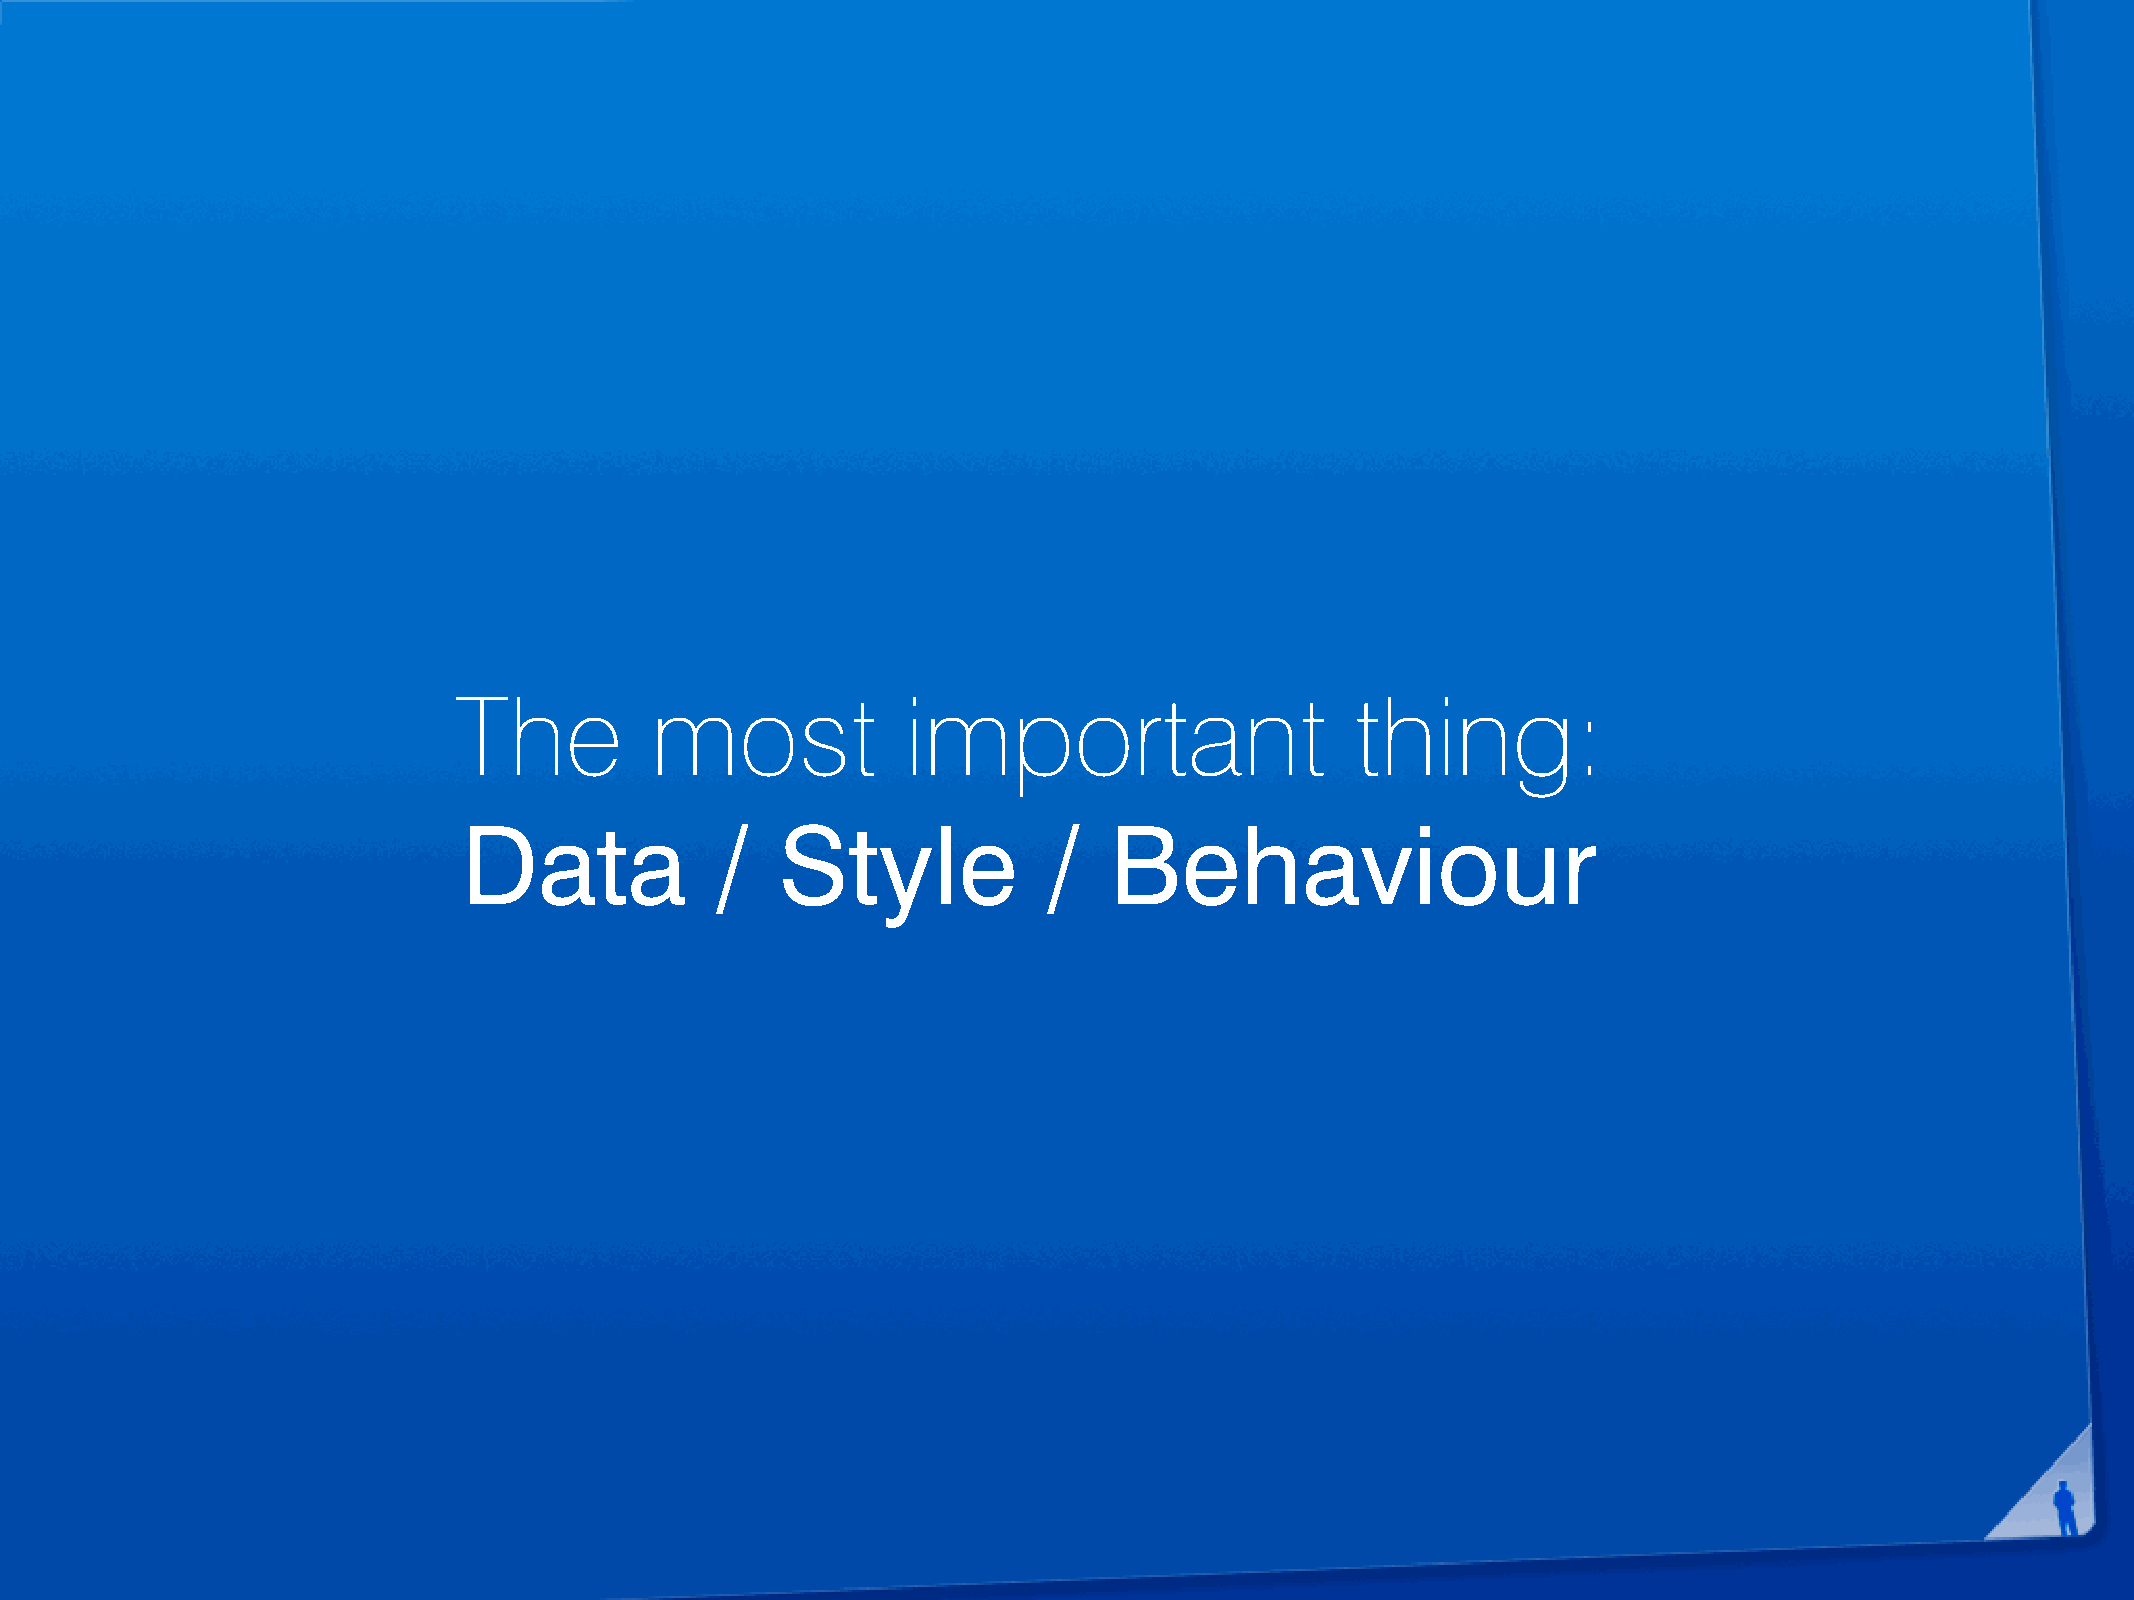
The          most             important                     thing:
 Data            /    Style            /   Behaviour